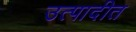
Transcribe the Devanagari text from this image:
उत्पादीत